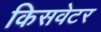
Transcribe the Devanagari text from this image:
किसवेटर